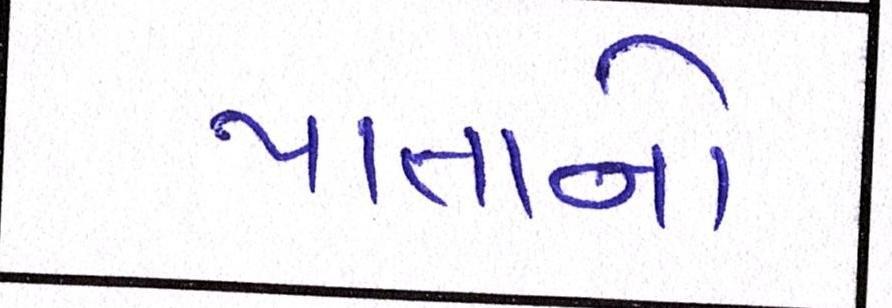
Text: પાતાનો